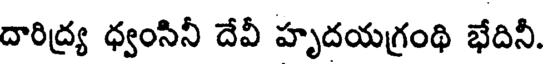
దారిద్ర్య ధ్వంసినీ దేవీ హృదయగ్రంథి భేదినీ.